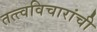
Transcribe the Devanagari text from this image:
तत्त्वविचारांची